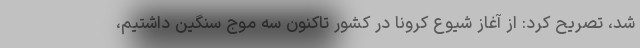
شد، تصریح کرد: از آغاز شیوع کرونا در کشور تاکنون سه موج سنگین داشتیم،